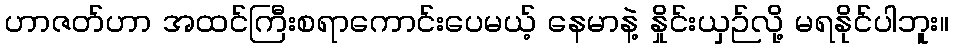
ဟာဇတ်ဟာ အထင်ကြီးစရာကောင်းပေမယ့် နေမာနဲ့ နှိုင်းယှဉ်လို့ မရနိုင်ပါဘူး။